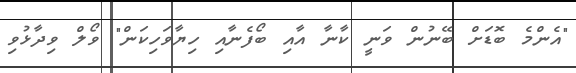
"އެންމެ ބޮޑަށް ބޭނުން ވަނީ ކާނާ އާއި ބޯފެނާއި ހިޔާވަހިކަން" ވޯލް ވިދާޅުވި